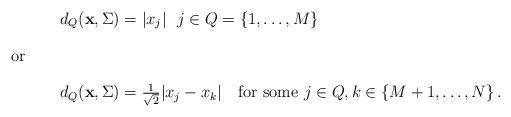
LaTeX: \begin{align*} d_{Q}({\bf x},\Sigma)&=|x_j| \ \ j\in Q=\{1,\ldots,M\} \intertext{or} d_{Q}({\bf x},\Sigma)&=\tfrac{1}{\sqrt{2}}|x_j-x_k| \ \ \text{ for some } j\in Q,k\in\{M+1,\ldots,N\}\,. \end{align*}